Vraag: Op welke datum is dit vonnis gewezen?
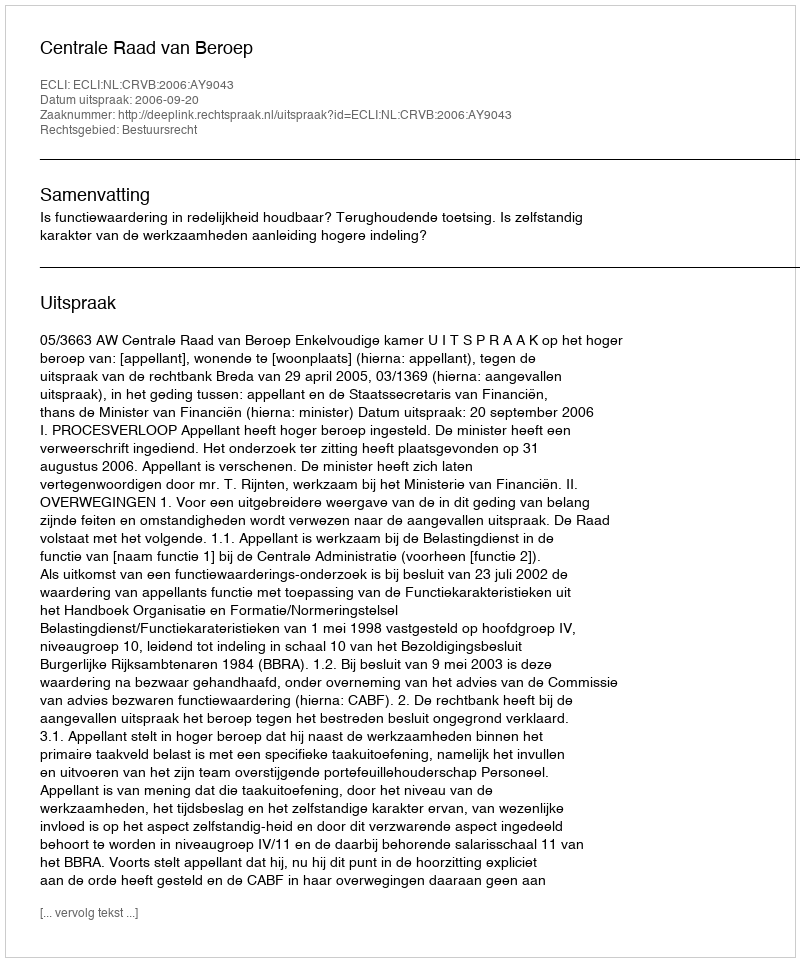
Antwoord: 2006-09-20